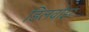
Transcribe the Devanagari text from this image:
डिलवोइर